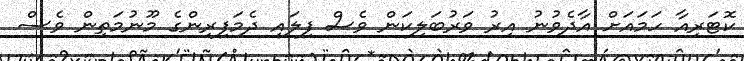
ކޮޓަރިއާ ހަމައަށް އާދެވުނު އިރު ވަރުބަލިކަން ވެސް ފިލައި ދެމަފިރިންގެ މޫނުމަތިން ވެސް